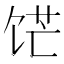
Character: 𬲹